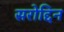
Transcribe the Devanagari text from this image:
सरोद्दिन